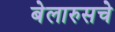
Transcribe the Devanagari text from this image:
बेलारुसचे